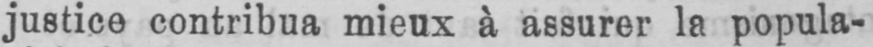
justice contribua mieux à assurer la popula-